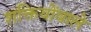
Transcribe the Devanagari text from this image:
शक्तियोंवाले